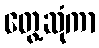
တွေ့ဆုံကာ